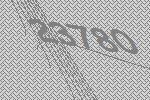
23780